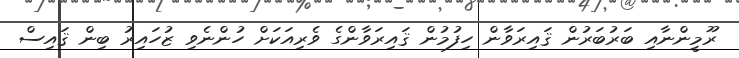
ރޫމީންނާއި ބަރުބަރުން ޤައިރަވާން ހިފުމުން ޤައިރަވާންގެ ވެރިއަކަށް ހުންނެވި ޒުހައިރު ބިން ޤައިސް